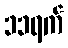
၁၁ရက်